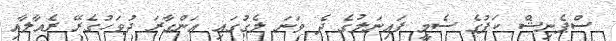
ސްޕެނިޝް ކަޕުގެ ސެމީ ފައިނަލުގެ ދެ ވަނަ ލެގުގައި އަންގާރަ ދުވަހުގެރޭ ރެއާލާއި